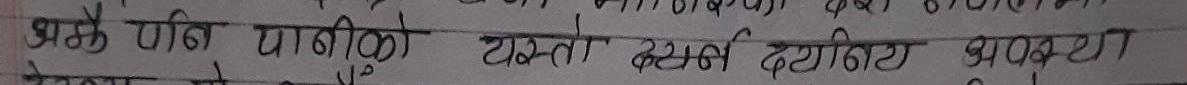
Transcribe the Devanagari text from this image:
भर्ने कि पाटीको टयस्तो दर्शन दर्शाइएका